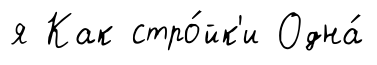
я Как стро́йк'и Одна́